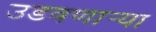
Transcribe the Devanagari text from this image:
उडवणाऱ्या